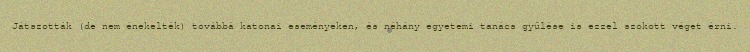
Játszották (de nem énekelték) továbbá katonai eseményeken, és néhány egyetemi tanács gyűlése is ezzel szokott véget érni.